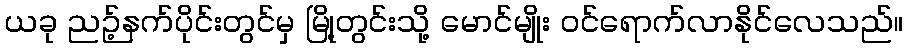
ယခု ညဉ့်နက်ပိုင်းတွင်မှ မြို့တွင်းသို့ မောင်မျိုး ဝင်ရောက်လာနိုင်လေသည်။